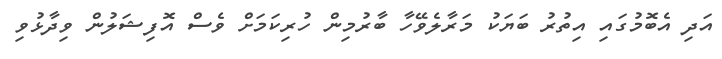
އަދި އެބޮމުގައި އިތުރު ބަޔަކު މަރާލެވޭހާ ބާރުމިން ހުރިކަމަށް ވެސް އޮފިޝަލުން ވިދާޅުވި